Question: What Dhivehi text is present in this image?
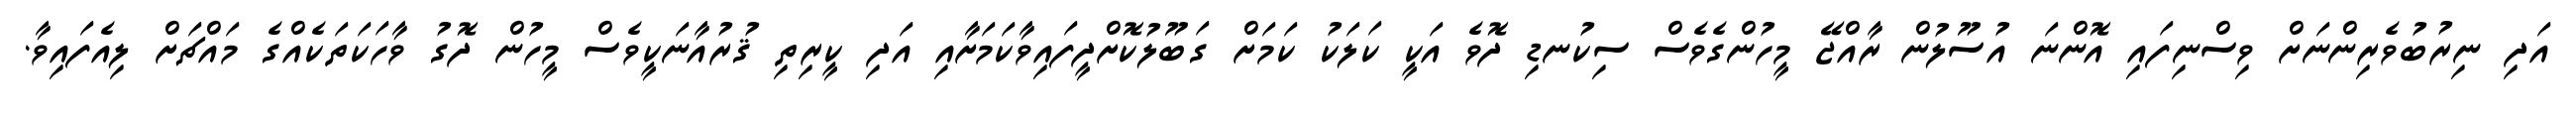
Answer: އަދި ނިރުބުވެރިންނަށް ވިސްނިފައި އޮންނަ އުސޫލުން ރާއްޖޭ މީހުންގެވެސް ސިކުނޑި ދޮވެ އަކީ ކަލަކު ކަމަށް ގަބޫލުކޮށްދީފައިވާކަމަށާއި އަދި ކީރިތި ޤުރުއާނަކީވެސް މީހުން ދޮގު ވާހަކަތަކެއްގެ މައްޗަށް ލިއެފައިވާ.